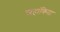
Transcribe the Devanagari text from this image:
स्नेहांकिता